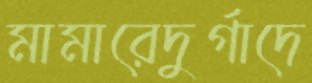
মামারেদুর্গাদে